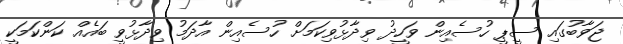
ޖަވާބުގައި ސީޕީ ހުސެއިން ވަހީދު ވިދާޅުވިކަމަށް ހުސެއިން އާދަމު ވިދާޅުވީ ބައެއް ކަންކަމަކީ